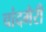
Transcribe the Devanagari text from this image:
चांदभैरी